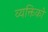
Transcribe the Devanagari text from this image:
व्यक्तिको